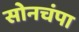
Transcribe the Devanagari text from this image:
सोनचंपा